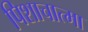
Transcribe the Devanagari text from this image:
पिशाचात्मा